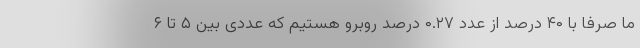
ما صرفا با ۴۰ درصد از عدد ۰.۲۷ درصد روبرو هستیم که عددی بین ۵ تا ۶